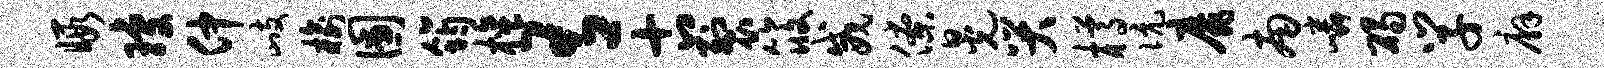
暇琼仲歧榆圃筠檀有古裂筱威僚晃哭樽伉靡南嶙碣学廨